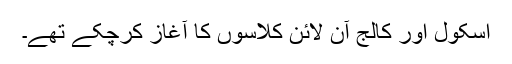
اسکول اور کالج آن لائن کلاسوں کا آغاز کرچکے تھے۔